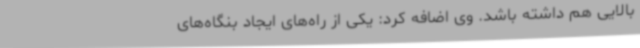
بالایی هم داشته باشد. وی اضافه کرد: یکی از راه‌های ایجاد بنگاه‌های